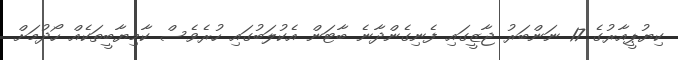
ކިޔުޕީއާރުގެ 17 ނަންބަރު ޖާޒީގައި ފެނިގެންދާނެ ބާޓަން އެކުލަބުގައި ހުރެވެސް ކާމިޔާބީތަކެއް ހޯދުމަށް